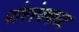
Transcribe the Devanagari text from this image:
पोररेक्काट